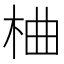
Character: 𪲇